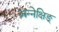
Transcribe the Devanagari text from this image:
अन्नेक्षिङ्